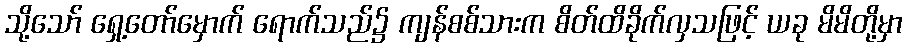
သို့သော် ရှေ့တော်မှောက် ရောက်သည်၌ ကျန်စစ်သားက စိတ်ထိခိုက်လှသဖြင့် ယခု မိမိတို့မှာ